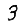
Digit: 3